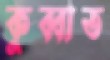
কুব্বাত